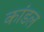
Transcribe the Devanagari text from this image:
कांडल